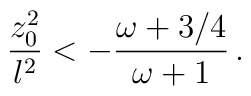
{{z_0 ^2}\over l^2} < - {{\omega + 3/4}\over {\omega +1 }} \, .